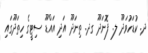
ދ. ކުޑަހުވަދޫ ލ. ފޮނަދޫ ގދ. ތިނަދޫ އަދި އައްޑޫ ސިޓީގެ ހިތަދޫގައި